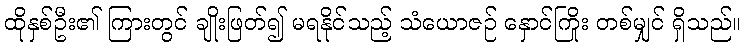
ထိုနှစ်ဦး၏ ကြားတွင် ချိုးဖြတ်၍ မရနိုင်သည့် သံယောဇဉ် နှောင်ကြိုး တစ်မျှင် ရှိသည်။